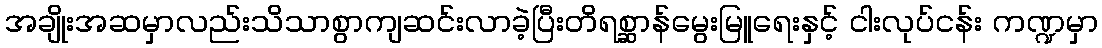
အချိုးအဆမှာလည်းသိသာစွာကျဆင်းလာခဲ့ပြီးတိရစ္ဆာန်မွေးမြူရေးနှင့် ငါးလုပ်ငန်း ကဏ္ဍမှာ